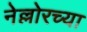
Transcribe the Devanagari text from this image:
नेल्लोरच्या